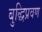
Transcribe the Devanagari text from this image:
बुद्धिप्रवण